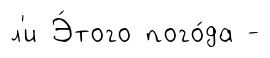
л'и Э́того пого́да -